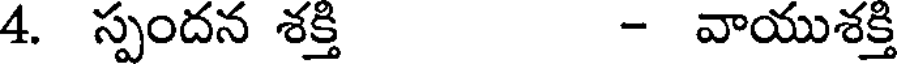
4. స్పందన శక్తి - వాయుశక్తి